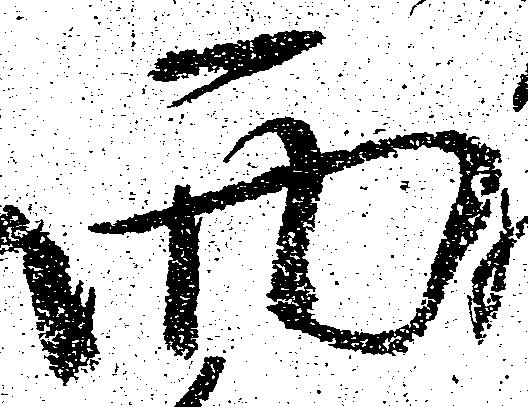
西